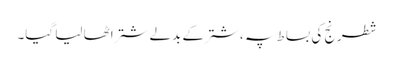
شطرنج کی بساط پہ ، شتر کے بدلے شتر اٹھا لیا گیا۔